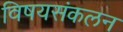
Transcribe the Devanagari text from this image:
विषयसंकलन